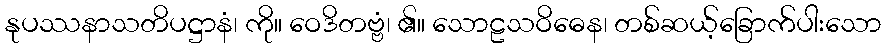
နုပဿနာသတိပဋ္ဌာနံ၊ ကို။ ဝေဒိတဗ္ဗံ၊ ၏။ သောဠသဝိဓေန၊ တစ်ဆယ့်ခြောက်ပါးသော